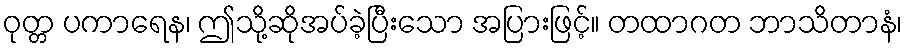
ဝုတ္တ ပကာရေန၊ ဤသို့ဆိုအပ်ခဲ့ပြီးသော အပြားဖြင့်။ တထာဂတ ဘာသိတာနံ၊